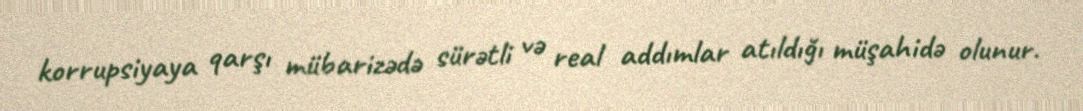
korrupsiyaya qarşı mübarizədə sürətli və real addımlar atıldığı müşahidə olunur.